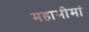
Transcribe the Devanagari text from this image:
महामीमां